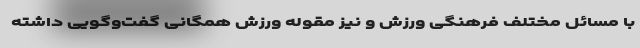
با مسائل مختلف فرهنگی ورزش و نیز مقوله ورزش همگانی گفت‌وگویی داشته